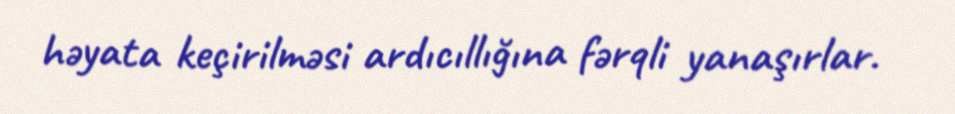
həyata keçirilməsi ardıcıllığına fərqli yanaşırlar.